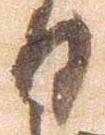
日